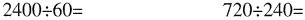
$$2 4 0 0 \div 6 0 =$$ $$7 2 0 \div 2 4 0 =$$